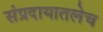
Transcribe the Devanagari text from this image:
संप्रदायातलेच